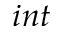
i n t